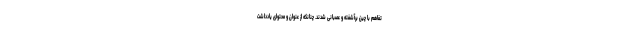
تفاهم با چین برآشفته و عصبانی شدند. چنانکه از عنوان و محتوای یادداشت